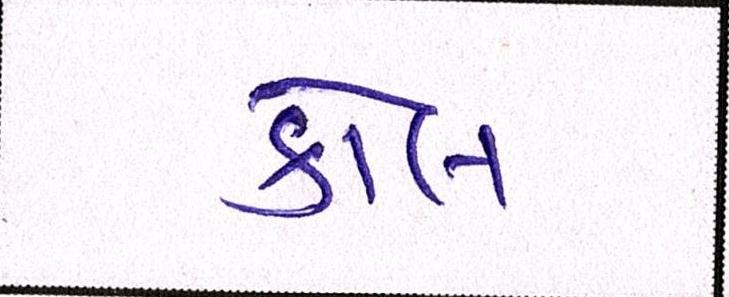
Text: કોલ